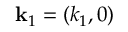
\mathbf { k } _ { 1 } = ( k _ { 1 } , 0 )